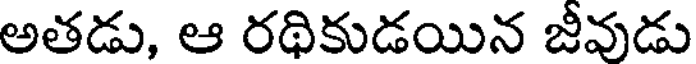
అతడు, ఆ రథికుడయిన జీవుడు